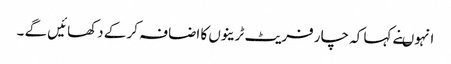
انہوںنے کہا کہ چار فریٹ ٹرینوں کا اضافہ کر کے دکھائیں گے ۔